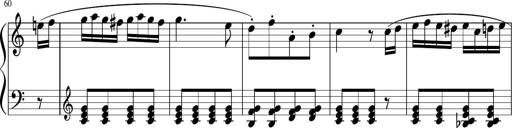
Title: 3 Sonatinen
Composer: Heinrich Lichner